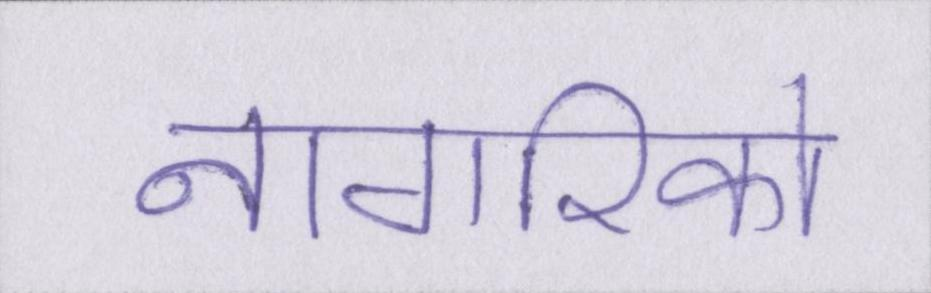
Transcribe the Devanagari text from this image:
नागरिको